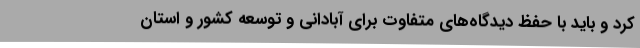
کرد و باید با حفظ دیدگاه‌های متفاوت برای آبادانی و توسعه کشور و استان